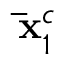
\mathbf { \bar { x } } _ { 1 } ^ { c }